Papaver somniferum - Opium : an extract from the sixth volume of the Dictionary of Economic Products of India
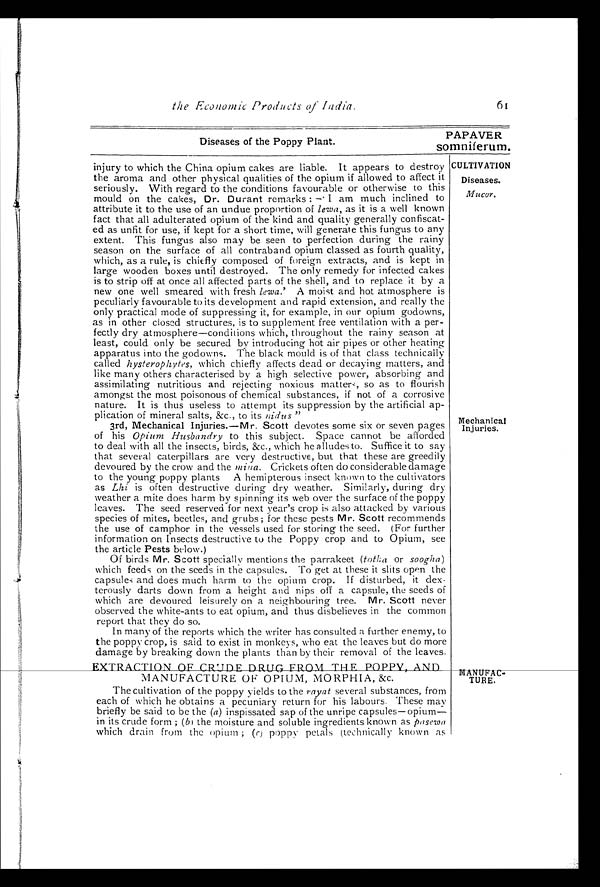
the Economic Products of India.
Diseases of the Poppy Plant.
61
PAPAVER
somniferum.
injury to which the China opium cakes are liable. It appears to destroy
the aroma and other physical qualities of the opium if allowed to affect it
seriously. With regard to the conditions favourable or otherwise to this
mould on the cakes, Dr. Du rant remarks :-. I am much inclined to
attribute it to the use of an undue proportion of l e w a
, as it is a well known
fact that all adulterated opium of the kind and quality generally confiscat--
ed as unfit for use, if kept for a short time, will generate this fungus to any
extent. This fungus also may be seen to perfection during the rainy
season on the surface of all contraband opium classed as fourth quality,
which, as a rule, is chiefly composed of foreign extracts, and is kept in
large wooden boxes until destroyed. The only remedy for infected cakes
is to strip off at once all affected parts of the shell, and to replace it by a
new one well smeared with fresh lewa.' A moist and hot atmosphere is
peculiarly favourable to its development and rapid extension, and really the
only practical mode of suppressing it, for example, in our opium godowns,
as in other closed structures, is to supplement free ventilation with a per-
-
fectly dry atmosphere—conditions which, throughout the rainy season at
least, could only be secured by introducing hot air pipes or other heating
apparatus into the godowns. The black mould is of that class technically
called hysterophytes, which chiefly affects dead or decaying matters, and
like many others characterised by a high selective power, absorbing and
assimilating nutritious and rejecting noxious matters, so as to flourish
amongst the most poisonous of chemical substances, if not of a corrosive
nature. It is thus useless to attempt its suppression by the artificial ap
-
plication of mineral salts, &c., to its nidus "
3rd, Mechanical Injuries.—Mr. Scott devotes some six or seven pages
of his Opium Husbandry to this subject. Space cannot be afforded
to deal with all the insects, birds, &c., which he alludes to. Suffice it to say
that several caterpillars are very destructive, but that these are greedily
devoured by the crow and the mina. Crickets often do considerable damage
to the young poppy plants A hemipterous insect known to the cultivators
as Lhi is often destructive during dry weather. Similarly, during dry
weather a mite does harm by spinning its web over the surface of the poppy
leaves. The seed reserved for next year's crop is also attacked by various
species of mites, beetles, and grubs; for these pests Mr. Scott recommends
the use of camphor in the vessels used for storing the seed. (For further
information on Insects destructive to the Poppy crop and to Opium, see
the article Pests below.)
Of birds Mr. Scott specially mentions the parrakeet (totha or soogha)
which feeds on the seeds in the capsules. To get at these it slits open the
capsules and does much harm to the opium crop. If disturbed, it dex
-terously darts down from a height and nips off a capsule, the seeds of
which are devoured leisurely on a neighbouring tree. Mr. Scott never
observed the white-ants to eat opium, and thus disbelieves in the common
report that they do so.
In many of the reports which the writer has consulted a further enemy, to
the poppy crop, is said to exist in monkeys, who eat the leaves but do more
damage by breaking down the plants than by their removal of the leaves.
CULTIVATION
Diseases.
Mu cor.
Mechanical
Injuries.
EXTRACTION OF CRUDE DRUG FROM_THE
POPPY AND MANUFACTURE OF OPIUM, MORPHIA, &c.
The cultivation of the poppy yields to the rayat several substances, from
each of which he obtains a pecuniary return for his labours. These may
briefly be said to be the (a) inspissated sap of the unripe capsules—opium
— i n i t s c r u d e f o r m ;
( b )
t h e m o i s t u r e a n d s o l u b l e i n g r e d i e n t s k n o w n a sp
a s e w a
which drain from the opium ; (c) poppy petals (technically known as
MANUFAC-
TURE.